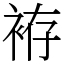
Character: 袸